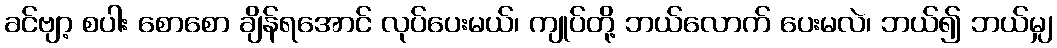
ခင်ဗျာ့ စပါး စောစော ချိန်ရအောင် လုပ်ပေးမယ်၊ ကျုပ်တို့ ဘယ်လောက် ပေးမလဲ၊ ဘယ်၍ ဘယ်မျှ